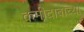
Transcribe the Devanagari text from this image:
कमीदाबाच्या